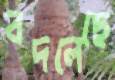
বদলেছে